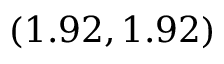
( 1 . 9 2 , 1 . 9 2 )